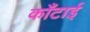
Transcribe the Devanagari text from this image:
काँटाई